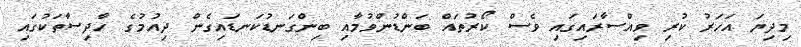
މިދިޔަ އަހަރު ކުރި ވިއްސާރައިގައި ވެސް ކޯރުތައް ބަންޑުންވުމާއި ބިންގަނޑުކަނޑައިގެން ދިއުމުގެ ހާދިސާތަކުގައި